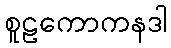
စူဠကောကနဒါ